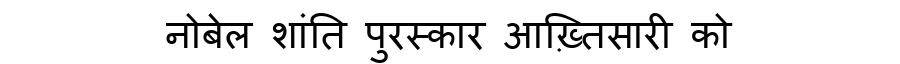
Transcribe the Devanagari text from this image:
नोबेल शांति पुरस्कार आख़्तिसारी को